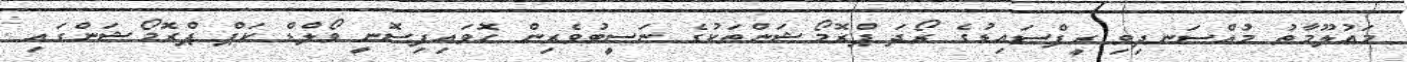
މައުލޫމާތު މުއްސަނދިވި ރީފްސައިޑުގެ ރޯދަ ޕްރޮމޯޝަންތަކުގެ ނަސީބުވެރިން ހޮވައިފިސޮނީ ވޯލްޑް ކަޕް ޕްރޮމޯޝަންގައި